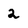
Character: 2